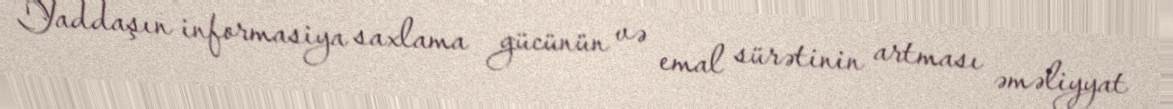
Yaddaşın informasiya saxlama gücünün və emal sürətinin artması əməliyyat